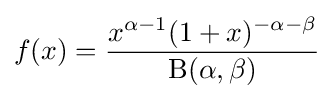
f(x)={\frac {x^{\alpha -1}(1+x)^{-\alpha -\beta }}{\mathrm {B} (\alpha ,\beta )}}\!